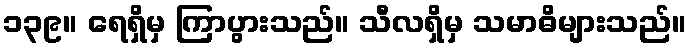
၁၃၉။ ရေရှိမှ ကြာပွားသည်။ သီလရှိမှ သမာဓိများသည်။